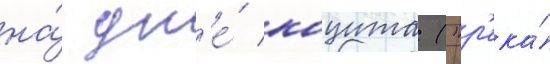
на́ дн'е́ коцита ("р'ека́